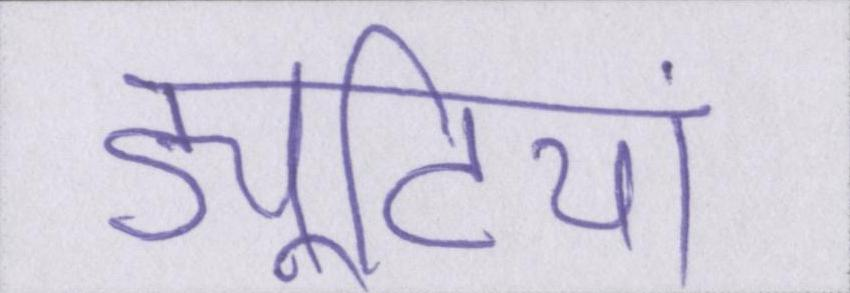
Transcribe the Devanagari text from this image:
ड्यूटियां